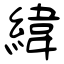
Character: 緯